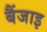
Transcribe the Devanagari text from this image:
बैंजाइ